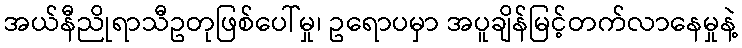
အယ်နီညိုရာသီဥတုဖြစ်ပေါ်မှု၊ ဥရောပမှာ အပူချိန်မြင့်တက်လာနေမှုနဲ့